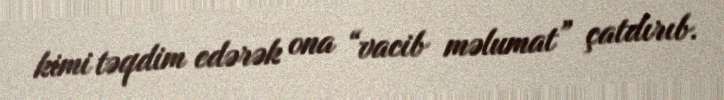
kimi təqdim edərək ona “vacib məlumat” çatdırıb.